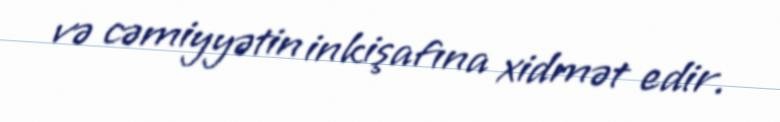
və cəmiyyətin inkişafına xidmət edir.